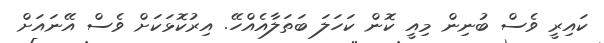
ކައިރީ ވެސް ބުނިން މިއީ ކޮން ކަހަލަ ބަތަލާއެއްހޭ. އިރުކޮޅަކަށް ވެސް އޭނައަށް